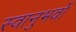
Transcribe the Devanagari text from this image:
स्वानुभवों